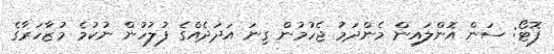
ފޮޓޯ: ސަން އޮންލައިން މެންދަމު ޖެހުމުން ގިނަ އަދަދެއްގެ ފުލުހުން ނުކުމެ މުޒާހަރާގެ